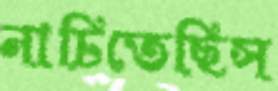
নাচিতেছিস